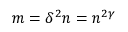
m = \delta ^ { 2 } n = n ^ { 2 \gamma }